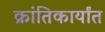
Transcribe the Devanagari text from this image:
क्रांतिकार्यांत